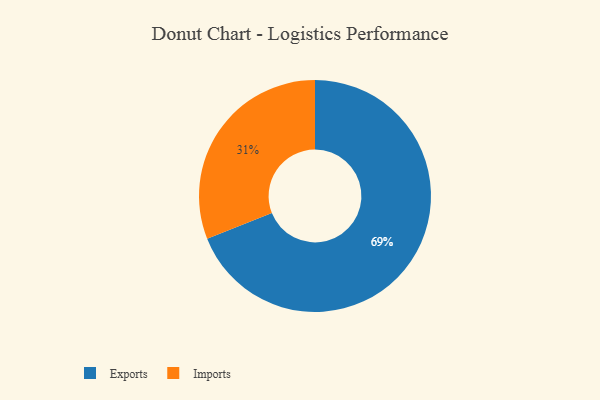
{"axis": {"x": "Category", "y": "Percentage"}, "legend": ["Exports", "Imports"], "data": [{"x": "Exports", "y": 69, "type": "Exports"}, {"x": "Imports", "y": 31, "type": "Imports"}]}